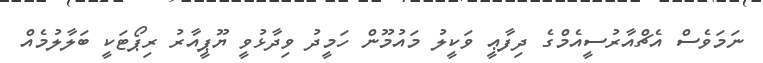
ނަމަވެސް އެޗްއާރުސީއެމްގެ ދިފާޢީ ވަކީލު މައުމޫން ހަމީދު ވިދާޅުވީ ޔޫޕީއާރު ރިޕޯޓަކީ ބަލާލުމެއް